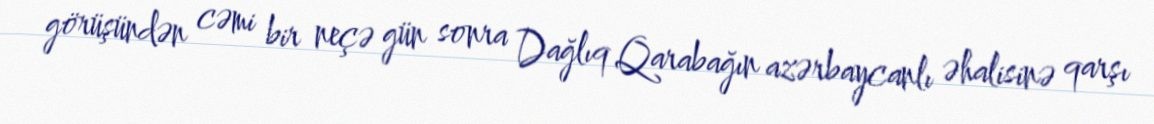
görüşündən cəmi bir neçə gün sonra Dağlıq Qarabağın azərbaycanlı əhalisinə qarşı